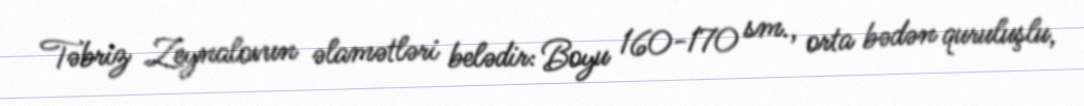
Təbriz Zeynalovun əlamətləri belədir: Boyu 160-170 sm., orta bədən quruluşlu,